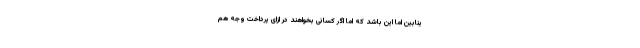
ینابین اما این باشد که اما اگر کسانی بخواهند در ازای پرداخت وجه هم